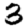
Digit: 3